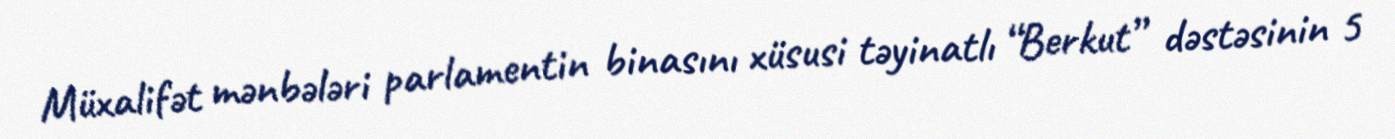
Müxalifət mənbələri parlamentin binasını xüsusi təyinatlı “Berkut” dəstəsinin 5